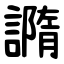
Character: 䜏